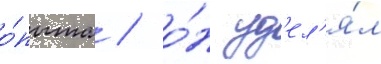
о́пыта / о́н уд'ел'я́л